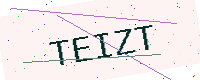
Text: TEIZT